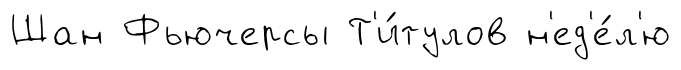
Шан Фьючерсы Т'и́тулов н'ед'е́л'ю